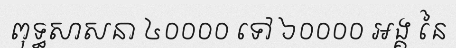
ពុទ្ធសាសនា ៤០០០០ ទៅ ៦០០០០ អង្គ នៃ